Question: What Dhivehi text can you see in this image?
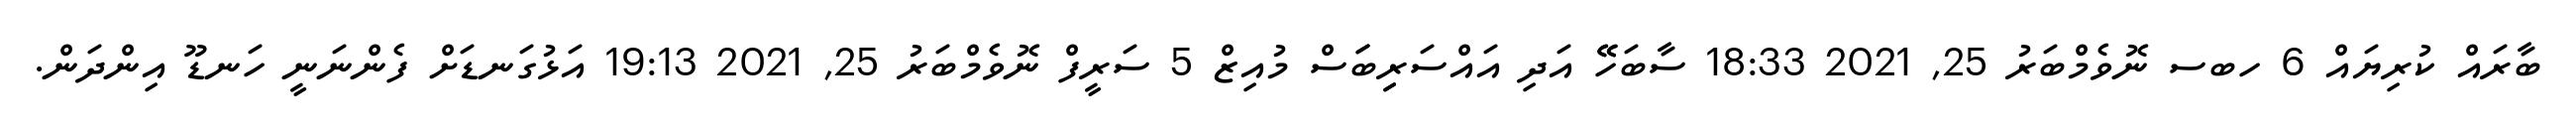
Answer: ބާރައް ކުރިޔައް 6 ހބސ ނޮވެމްބަރު 25, 2021 18:33 ސާބަހޭޭ އަދި އައްސަރިިބަަސް މުއިޒް 5 ސަރީފް ނޮވެމްބަރު 25, 2021 19:13 އަޅުގަނޑަށް ފެންނަނީ ހަނޑޫ އިންދަން.